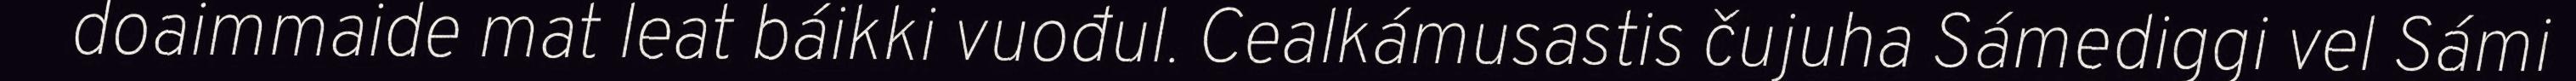
doaimmaide mat leat báikki vuođul. Cealkámusastis čujuha Sámediggi vel Sámi